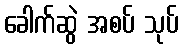
ခေါက်ဆွဲ အစပ် သုပ်